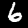
Label: 6